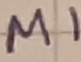
Text: M1